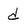
Character: d